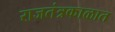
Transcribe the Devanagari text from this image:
राजतंत्रकाळात